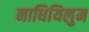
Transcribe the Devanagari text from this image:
नाधियिलुम